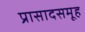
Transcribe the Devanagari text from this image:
प्रासादसमूह